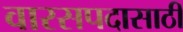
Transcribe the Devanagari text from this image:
वारसपदासाठी